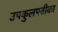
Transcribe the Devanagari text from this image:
उपकुलपतीका